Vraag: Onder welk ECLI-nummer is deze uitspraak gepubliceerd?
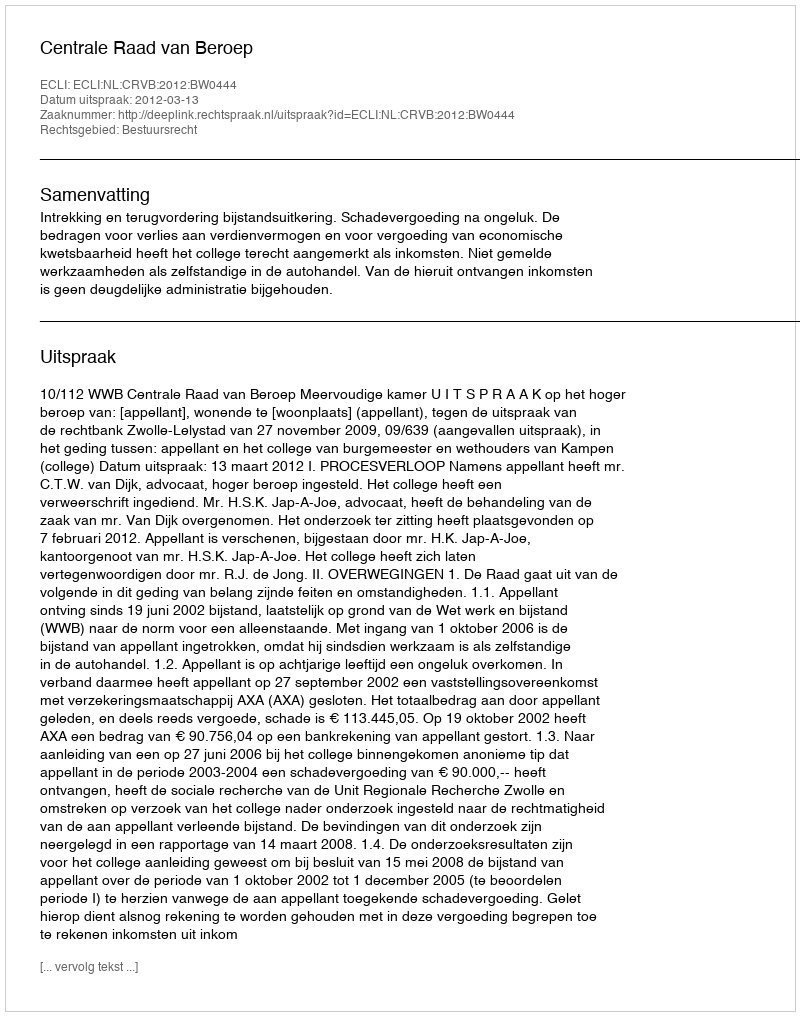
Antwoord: ECLI:NL:CRVB:2012:BW0444